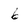
Character: b